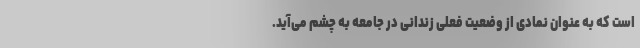
است که به عنوان نمادی از وضعیت فعلی زندانی در جامعه به چشم می‌آید.